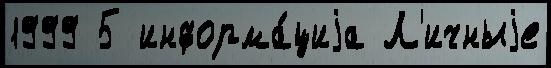
1999 5 информа́циjа Л'ичныjе